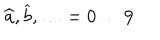
LaTeX: \widehat { a } , \widehat { b } , \ldots = 0 \ldots 9